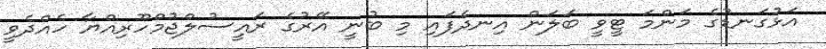
އަޅުގަނޑުގެ މަންމަ ޓީވީ ބަލަން އިނދެފައި މި ބުނީ އޭރުގެ ރައީސުލްޖުމްހޫރިއްޔާ ހެއްދެވީ